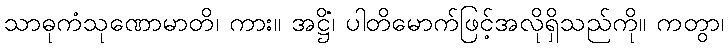
သာဓုကံသုဏောမာတိ၊ ကား။ အဋ္ဌိံ၊ ပါတိမောက်ဖြင့်အလိုရှိသည်ကို။ ကတွာ၊